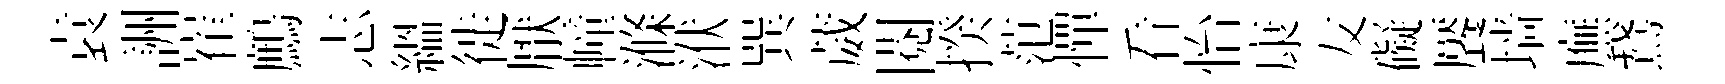
袁詶崔鷓志緼徙厭幢滌洑巽葳閲揆范憚看怡康友礙饜墙廡鵞